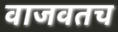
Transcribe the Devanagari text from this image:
वाजवतच